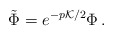
\begin{align*}\tilde{\Phi} = e^{-p {\cal K}/2} \Phi \, . \end{align*}